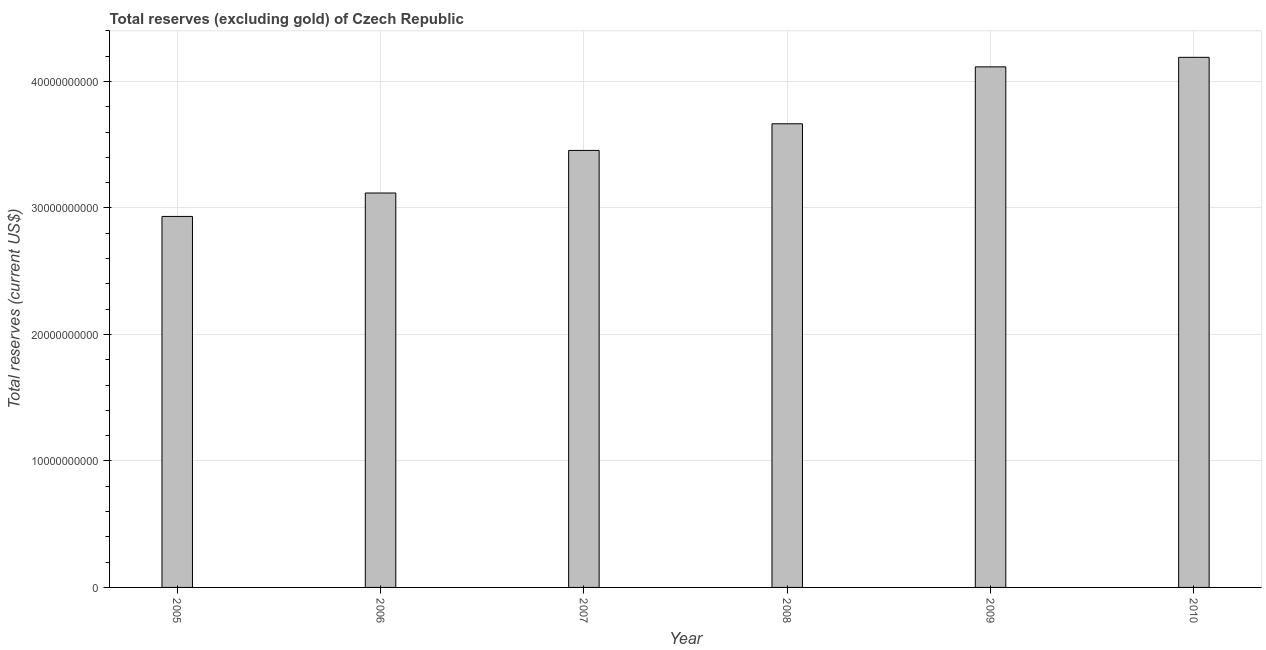
| Year | Total reserves minus gold (current US$) |
 | --- | --- |
 | 2005 | 2.93e+10 |
 | 2006 | 3.12e+10 |
 | 2007 | 3.45e+10 |
 | 2008 | 3.67e+10 |
 | 2009 | 4.12e+10 |
 | 2010 | 4.19e+10 |